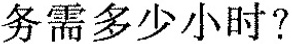
务需多少小时？